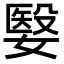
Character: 嫛